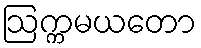
ဩက္ကမယတော